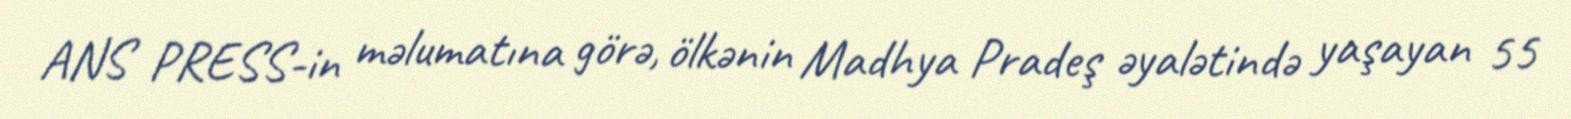
ANS PRESS-in məlumatına görə, ölkənin Madhya Pradeş əyalətində yaşayan 55